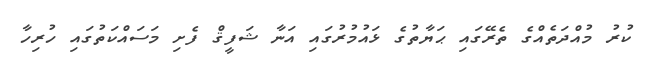
ކުރު މުއްދަތެއްގެ ތެރޭގައި ޙަޔާތުގެ ޅައުމުރުގައި އަނާ ޝަފީޤް ފެށި މަސައްކަތުގައި ހުރިހާ